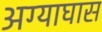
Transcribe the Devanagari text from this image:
अग्याघास